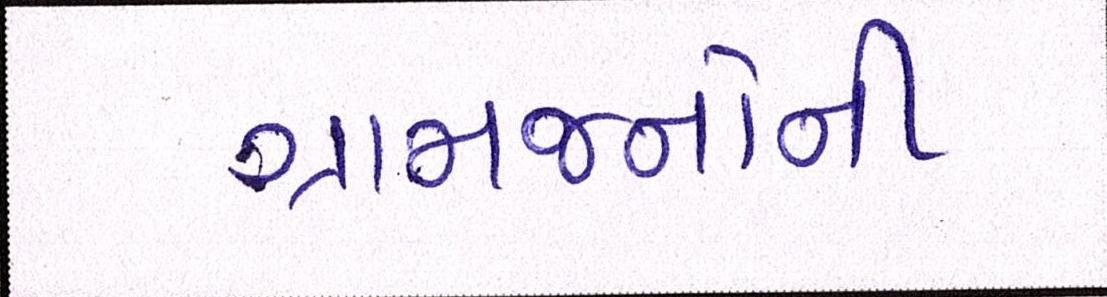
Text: ગ્રામજનોની